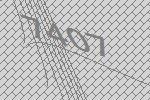
7407